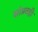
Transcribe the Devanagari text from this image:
सांप्रतही